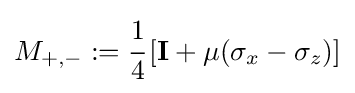
M_{+,-}:={\cfrac {1}{4}}\left[\mathbf {I} +\mu (\sigma _{x}-\sigma _{z})\right]